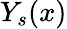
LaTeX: {Y_{s}(x)}